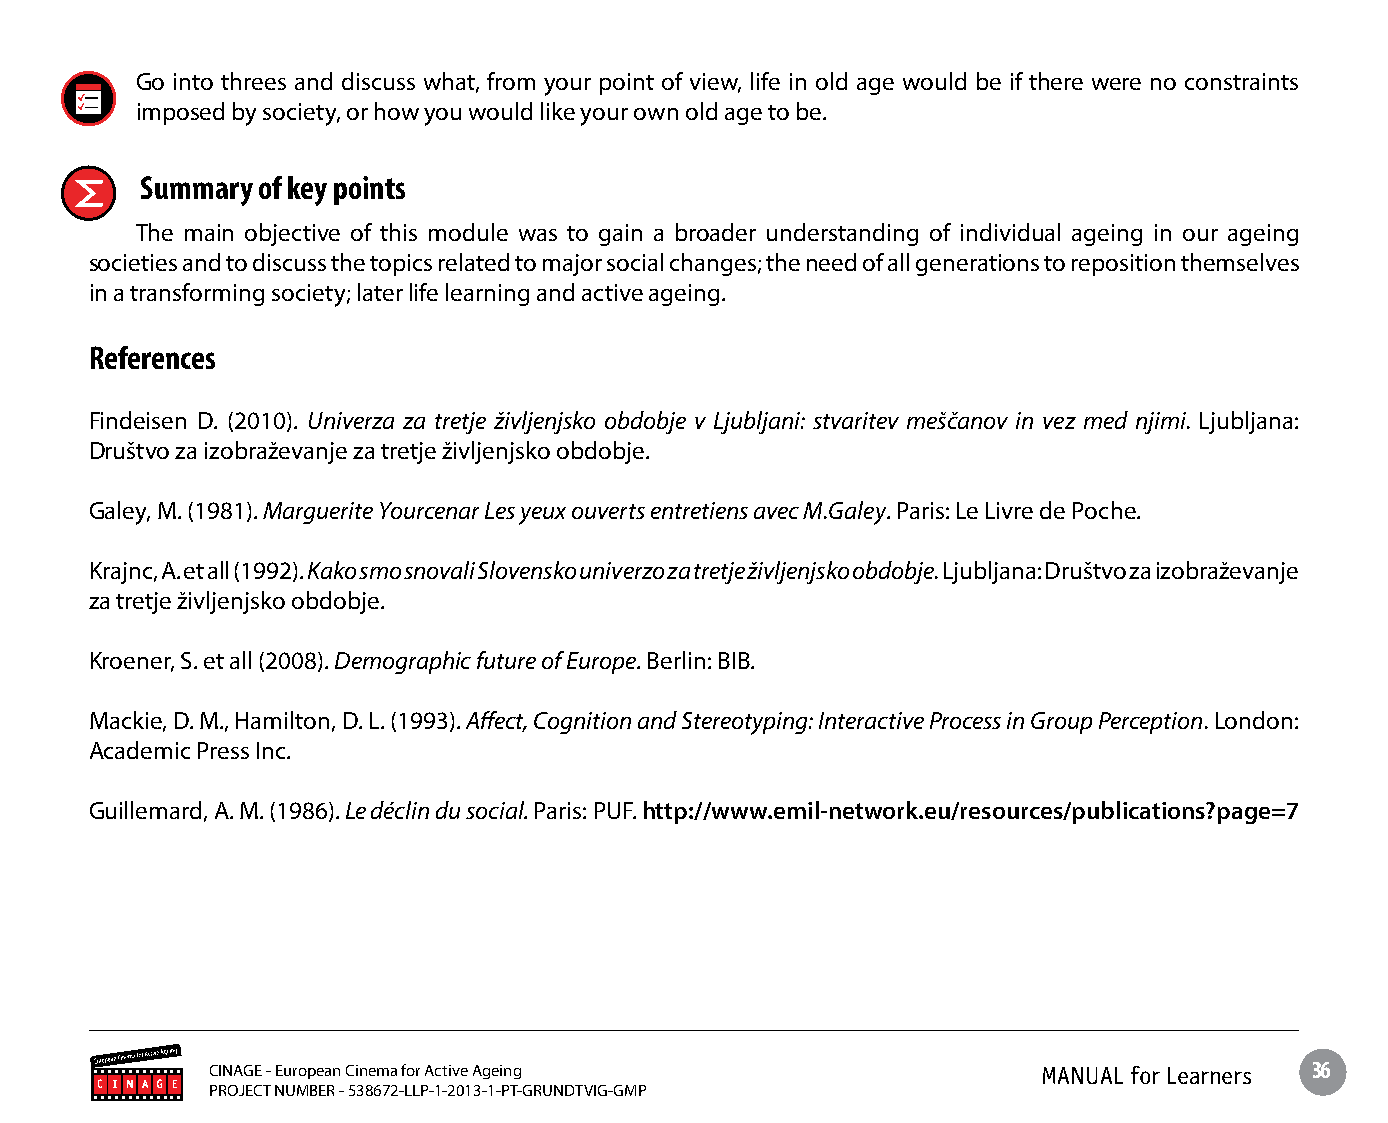
Go into threes and discuss what, from your point of view, life in old age would be if there were no constraints
 imposed by society, or how you would like your own old age to be.
 Summary of key points
 The main objective of this module was to gain a broader understanding of individual ageing in our ageing
 societies and to discuss the topics related to major social changes; the need of all generations to reposition themselves
 in a transforming society; later life learning and active ageing.
 References
 Findeisen D. (2010). Univerza za tretje življenjsko obdobje v Ljubljani: stvaritev meščanov in vez med njimi. Ljubljana:
 Društvo za izobraževanje za tretje življenjsko obdobje.
 Galey, M. (1981). Marguerite Yourcenar Les yeux ouverts entretiens avec M.Galey. Paris: Le Livre de Poche.
 Krajnc, A. et all (1992). Kako smo snovali Slovensko univerzo za tretje življenjsko obdobje. Ljubljana: Društvo za izobraževanje
 za tretje življenjsko obdobje.
 Kroener, S. et all (2008). Demographic future of Europe. Berlin: BIB.
 Mackie, D. M., Hamilton, D. L. (1993). Affect, Cognition and Stereotyping: Interactive Process in Group Perception. London:
 Academic Press Inc.
 Guillemard, A. M. (1986). Le déclin du social. Paris: PUF. http://www.emil-network.eu/resources/publications?page=7
 CINAGE - European Cinema for Active Ageing             MANUAL for Learners 36
 PROJECT NUMBER - 538672-LLP-1-2013-1-PT-GRUNDTVIG-GMP